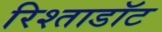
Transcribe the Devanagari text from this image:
रिश्ताडॉट